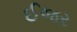
ઈજર